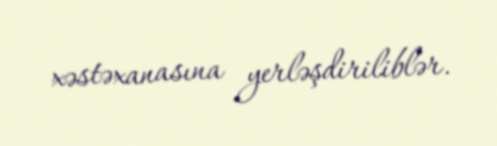
xəstəxanasına yerləşdiriliblər.